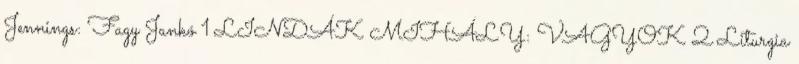
Jennings: Fagy Jankó 1 LINDÁK MIHÁLY: VAGYOK 2 Liturgia